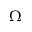
\Omega